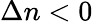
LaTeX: \Delta n<0